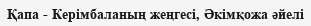
Қапа - Керімбаланың жеңгесі, Әкімқожа әйелі